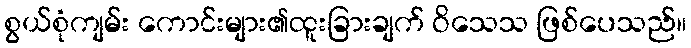
စွယ်စုံကျမ်း ကောင်းများ၏ထူးခြားချက် ဝိသေသ ဖြစ်ပေသည်။